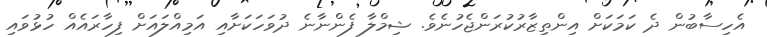
އެހިސާބުން ދެ ކަމަކަށް އިންތިޒާރުކުރަންޖެހުނެވެ. ޝިމްލާ ފެންނާނެ ދުވަހަކަށާއި އަމިއްލައަށް ފިހާރައެއް ހުޅުވައި